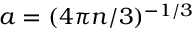
a = ( 4 \pi n / 3 ) ^ { - 1 / 3 }